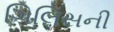
ગિલિસની